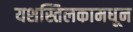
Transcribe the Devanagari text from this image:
यशस्तिलकामधून